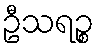
ဦသရဉ္စ